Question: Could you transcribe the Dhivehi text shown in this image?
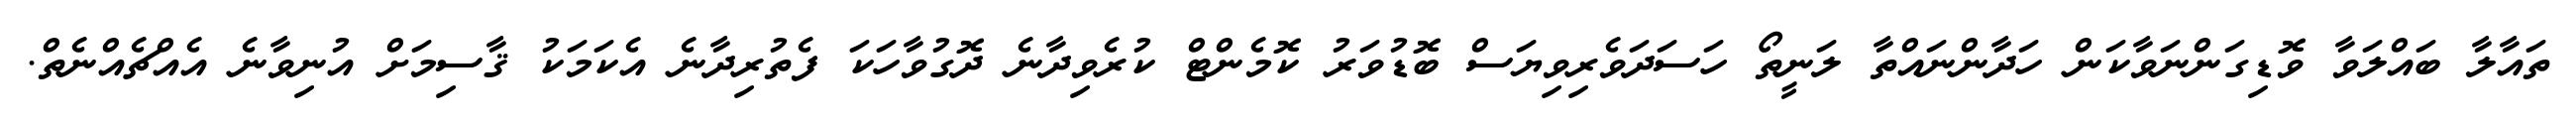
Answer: ތައާލާ ބައްލަވާ ވޮޑިގަންނަވާކަން ހަދާންނައްތާ ލަނީތޯ ހަސަދަވެރިވިޔަސް ބޮޑުވަރު ކޮމެންޓް ކުރެވިދާނެ ދޮގުވާހަކަ ފެތުރިދާނެ އެކަމަކު ޤާސިމަށް އުނިވާނެ އެއްޗެއްނެތް.